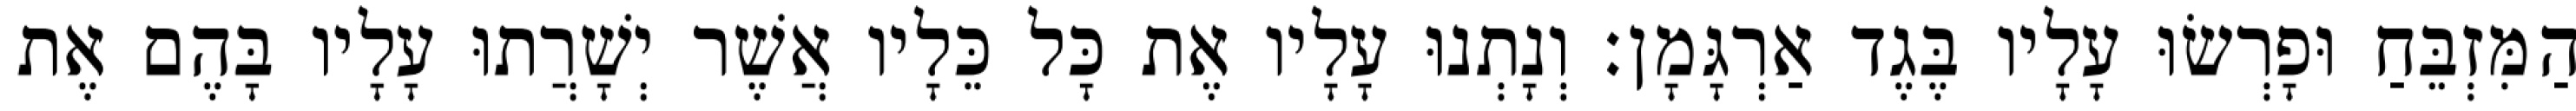
הַמִּזְבֵּחַ וּפָרְשׂוּ עָלָיו בֶּגֶד אַרְגָּמָן׃ וְנָתְנוּ עָלָיו אֶת כָּל כֵּלָיו אֲשֶׁר יְשָׁרֲתוּ עָלָיו בָּהֶם אֶת